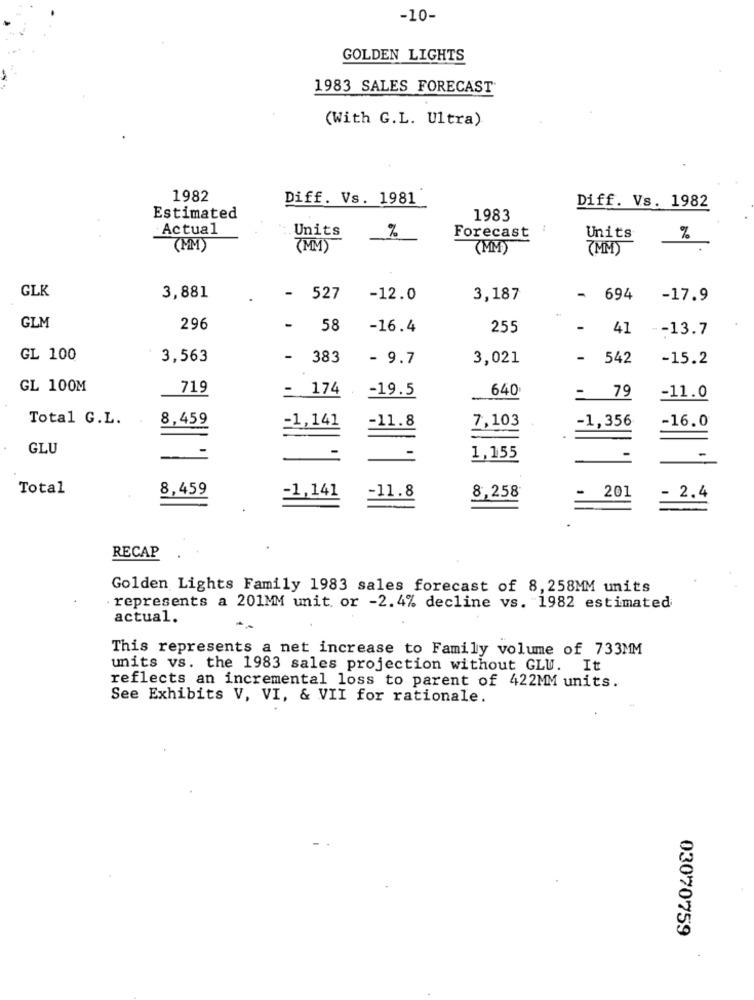
-10-
GOLDEN LIGHTS
1983 SALES FORECAST
(With G.L. Ultra)
1982
Diff. Vs. 1981
Diff. Vs. 1982
Estimated
1983
Actual
Units
%
Forecast
Units
%
(MM)
(MM)
(MM)
(MM)
GLK
3,881
-
527
-12.0
3,187
694
-17.9
GLM
296
-
58
-16.4
255
-
41
-13.7
GL 100
3,563
-
383
- 9.7
3,021
-
542
-15.2
GL 100M
719
-
174
-19.5
640
= 79
-11.0
Total G.L.
8,459
=1,141
-1.8
7,103
-1,356
-16.0
GLU
1,155
Total
8,459
=11.8
-
201
=1,141
8,258
- 2.4
RECAP
Golden Lights Family 1983 sales forecast of 8,258MM units
represents a 201MM unit, or -2.4% decline vs. 1982 estimated
actual.
This represents a net increase to Family volume of 733MM
units vs. the 1983 sales projection without GLU. It
reflects an incremental loss to parent of 422MM units.
See Exhibits V, VI, & VII for rationale.
03070759